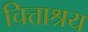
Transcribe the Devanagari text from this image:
चित्ताश्रय